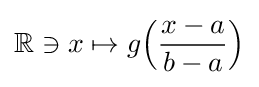
\mathbb {R} \ni x\mapsto g{\Bigl (}{\frac {x-a}{b-a}}{\Bigr )}